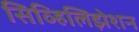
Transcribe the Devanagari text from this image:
सिव्हिलिझेशन